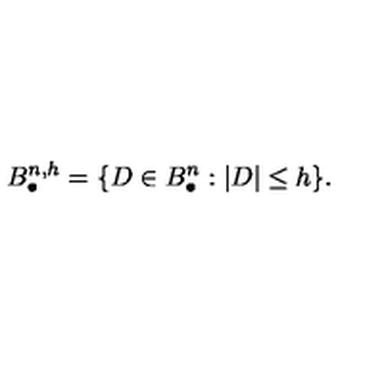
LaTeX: B _ { \bullet } ^ { n , h } = \{ D \in B _ { \bullet } ^ { n } : | D | \le h \} { } .